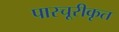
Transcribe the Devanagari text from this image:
पास्चूरीकृत